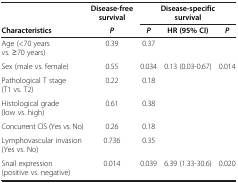
|  | Disease-free survival | <COLSPAN=3> Disease-specific survival |
 | Characteristics | P | P | HR (95% CI) | P |
 | --- | --- | --- | --- | --- |
 | Age (<70 years vs. ≥70 years) | 0.39 | 0.37 |  |  |
 | Sex (male vs. female) | 0.55 | 0.034 | 0.13 (0.03-0.67) | 0.014 |
 | Pathological T stage (T1 vs. T2) | 0.22 | 0.18 |  |  |
 | Histological grade (low vs. high) | 0.61 | 0.38 |  |  |
 | Concurrent CIS (Yes vs. No) | 0.26 | 0.18 |  |  |
 | Lymphovascular invasion (Yes vs. No) | 0.736 | 0.35 |  |  |
 | Snail expression (positive vs. negative) | 0.014 | 0.039 | 6.39 (1.33-30.6) | 0.020 |